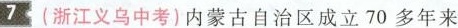
7 (浙江义乌中考)内蒙古自治区成立70多年来